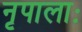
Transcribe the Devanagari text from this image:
नृपालाः